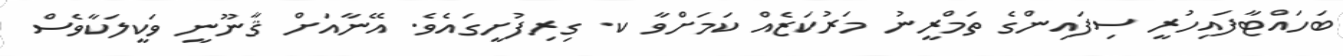
ބަހައްޓާފައިހުރީ ސިފައިންގެ ތަމްރީނު މަރުކަޒެއް ކަމަށްވާ ކ. ގިރިފުށީގައެވެ. އޭނާއަށް ޤާނޫނީ ވަކީލަކާވެސް